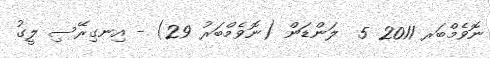
ނޮވެމްބަރ 2011 5  ލަންޑަން (ނޮވެމްބަރު 29) - އިނގިރޭސި ލީގު